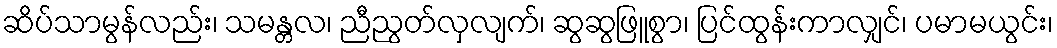
ဆိပ်သာမွန်လည်း၊ သမန္တလ၊ ညီညွတ်လှလျက်၊ ဆွဆွဖြူစွာ၊ ပြင်ထွန်းကာလျှင်၊ ပမာမယွင်း၊